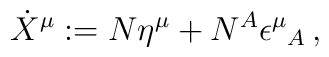
\dot{X}^{\mu }:=N\eta ^{\mu }+N^{A}\epsilon ^{\mu }{}_{A}\,,